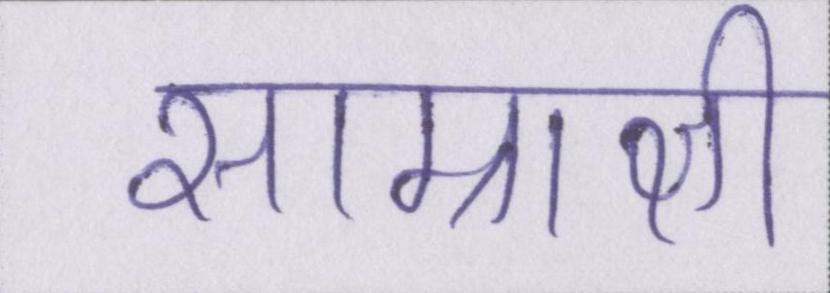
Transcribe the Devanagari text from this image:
साम्राज्ञी